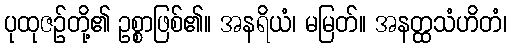
ပုထုဇဉ်တို့၏ ဥစ္စာဖြစ်၏။ အနရိယံ၊ မမြတ်။ အနတ္ထသံဟိတံ၊